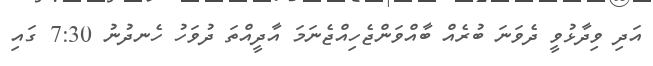
އަދި ވިދާޅުވީ ދެވަނަ ބުރެއް ބާއްވަންޖެހިއްޖެނަމަ އާދީއްތަ ދުވަހު ހެނދުނު 7:30 ގައި